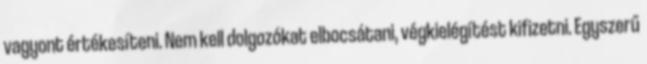
vagyont értékesíteni. Nem kell dolgozókat elbocsátani, végkielégítést kifizetni. Egyszerű